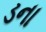
ડના